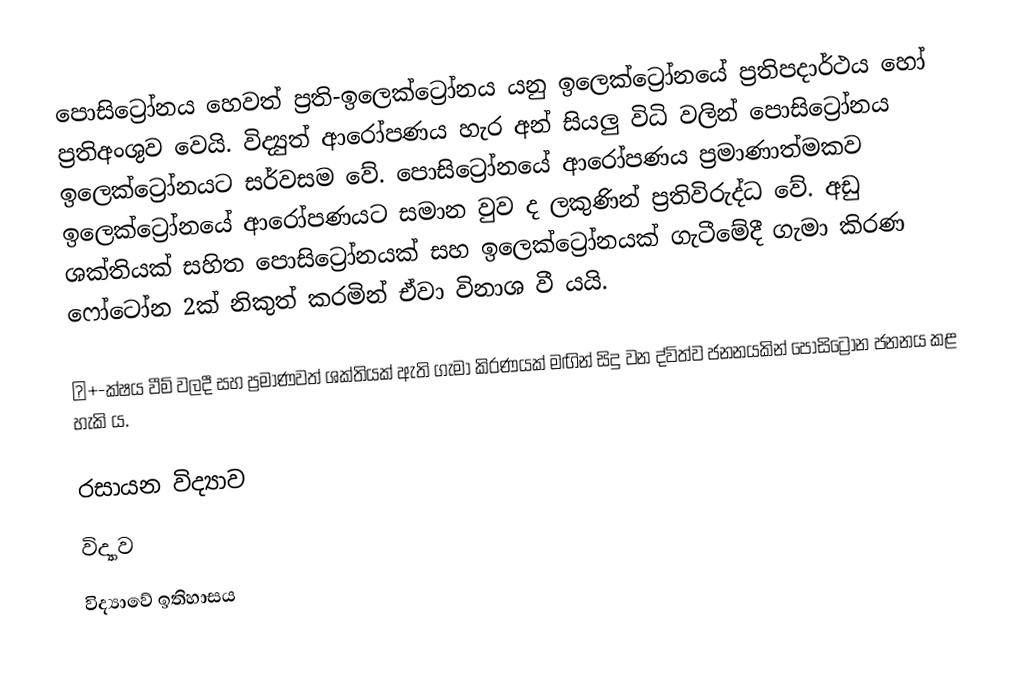
පොසිට්‍රෝනය හෙවත් ප්‍රති-ඉලෙක්ට්‍රෝනය යනු  ඉලෙක්ට්‍රෝනයේ ප්‍රතිපදාර්ථය හෝ ප්‍රතිඅංශුව වෙයි. විද්‍යුත් ආරෝපණය හැර අන් සියලු විධි වලින් පොසිට්‍රෝනය ඉලෙක්ට්‍රෝනයට සර්වසම වේ. පොසිට්‍රෝනයේ ආරෝපණය ප්‍රමාණාත්මකව ඉලෙක්ට්‍රෝනයේ ආරෝපණයට සමාන වුව ද ලකුණින් ප්‍රතිවිරුද්ධ වේ. අඩු ශක්තියක් සහිත පොසිට්‍රෝනයක් සහ ඉලෙක්ට්‍රෝනයක් ගැටීමේදී ගැමා කිරණ ෆෝටෝන 2ක් නිකුත් කරමින් ඒවා විනාශ වී යයි.

β+-ක්ෂය වීම් වලදී සහ ප්‍රමාණවත් ශක්තියක් ඇති ගැමා කිරණයක් මඟින් සිදු වන ද්විත්ව ජනනයකින් පොසිට්‍රෝන ජනනය කළ හැකි ය.

රසායන විද්‍යාව
විද්‍යාව
විද්‍යා‍වේ ඉතිහාසය